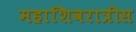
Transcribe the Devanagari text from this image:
महाशिवरात्रीस